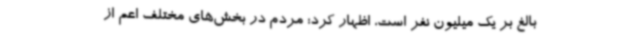
بالغ بر یک میلیون نفر است، اظهار کرد: مردم در بخش‌های مختلف اعم از